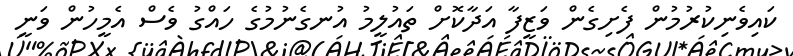
ކައިވެނިކުރުމުން ފެށިގެން ވަޒީފާ އަދާކޮށް ތައުލީމު އުނގެނުމުގެ ހައްގު ވެސް އެމީހުން ވަނީ